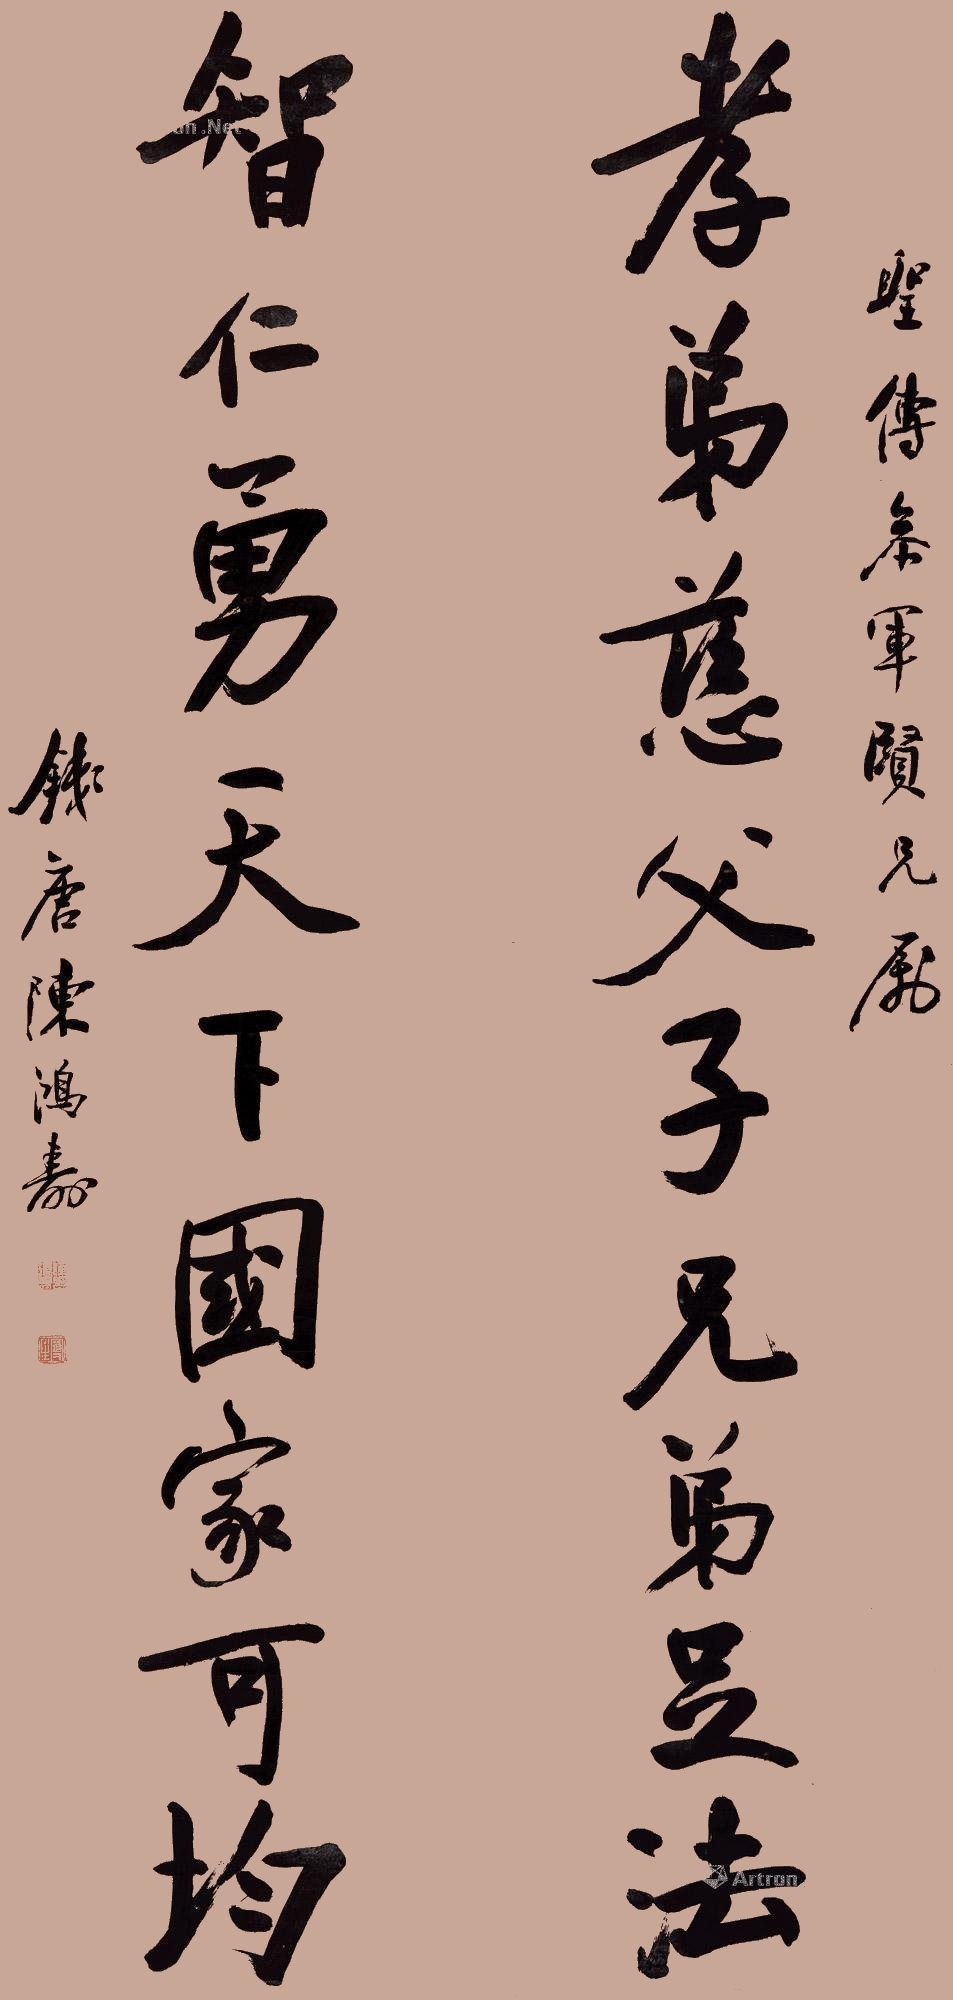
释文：孝弟慈父子兄弟足法，智仁勇天下国家可均。圣传参军贤兄属。钱唐陈鸿寿。